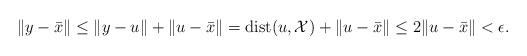
LaTeX: \begin{align*} \|y - \bar x\| \le \|y - u\| + \|u - \bar x\| = {\rm dist}(u,{\cal X}) + \|u - \bar x\| \le 2\|u - \bar x\| < \epsilon. \end{align*}